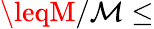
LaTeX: \leqM/\mathcal{M}\leq